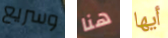
وسريع هنا أيها